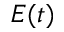
E ( t )